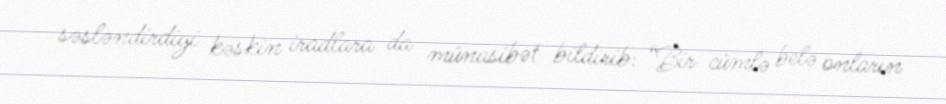
səsləndirdiyi kəskin iradlara da münasibət bildirib: “Bir cümlə belə onların